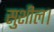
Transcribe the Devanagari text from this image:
सुशील।